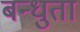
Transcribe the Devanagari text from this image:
बन्धुता